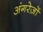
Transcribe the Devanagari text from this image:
अंगरेज़ों